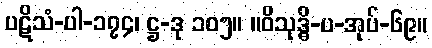
ပဋိသံ-ပါ-၁၇၄၊ ဋ္ဌ-ဒု ၁၀၅။ ။ဝိသုဒ္ဓိ-ပ-အုပ်-၆၉။